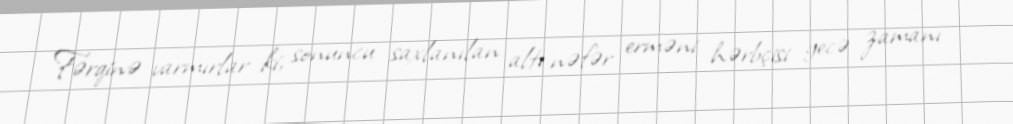
Fərqinə varmırlar ki, sonuncu saxlanılan altı nəfər erməni hərbçisi gecə zamanı